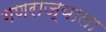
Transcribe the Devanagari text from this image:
गणराज्याला